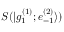
S ( | g _ { 1 } ^ { ( 1 ) } ; e _ { - 1 } ^ { ( 2 ) } \rangle )